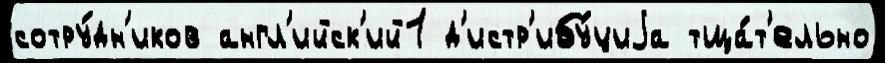
сотру́дн'иков англ'ийск'ий1 д'истр'ибу́циjа тща́т'ельно